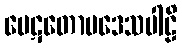
ပေဋတောပဒေသပါဠိ